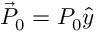
\vec { P } _ { 0 } = P _ { 0 } \hat { y }